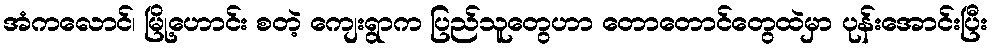
အံကလောင်၊ မြို့ဟောင်း စတဲ့ ကျေးရွာက ပြည်သူတွေဟာ တောတောင်တွေထဲမှာ ပုန်းအောင်းပြီး